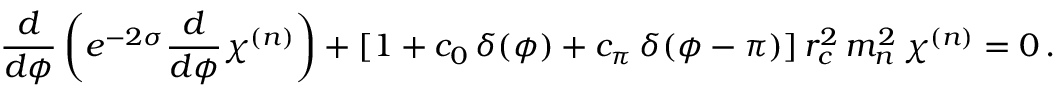
\frac { d } { d \phi } \left( e ^ { - 2 \sigma } \frac { d } { d \phi } \chi ^ { ( n ) } \right) + [ 1 + c _ { 0 } \, \delta ( \phi ) + c _ { \pi } \, \delta ( \phi - \pi ) ] \, r _ { c } ^ { 2 } \, m _ { n } ^ { 2 } \, \chi ^ { ( n ) } = 0 \, .